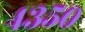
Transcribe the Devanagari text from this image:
४३५०